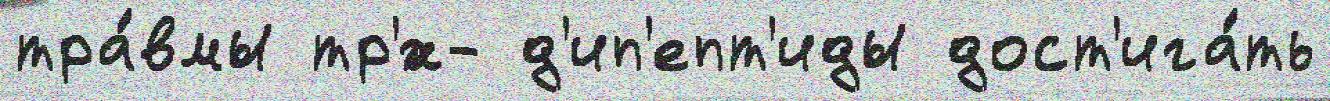
тра́вмы тр'́х- д'ип'епт'иды дост'ига́ть